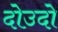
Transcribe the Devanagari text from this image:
दोउदो